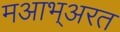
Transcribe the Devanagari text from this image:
मआभ्अरत